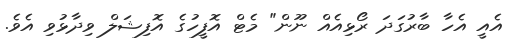
އެއީ އެހާ ބާރުގަދަ ރޯޅިއެއް ނޫން" މެޓް އޮފީހުގެ އޮފިޝަލް ވިދާޅުވި އެވެ.